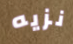
نزيه